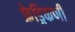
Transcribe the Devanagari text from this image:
फ्रेड्रिकणी